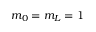
m _ { 0 } = m _ { L } = 1